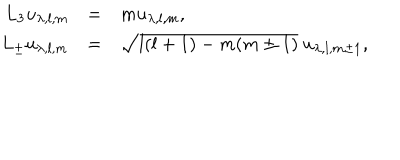
\begin{array} { r c l } { { L _ { 3 } u _ { \lambda , l , m } } } & { { = } } & { { m u _ { \lambda , l , m } , \nonumber } } \\ { { L _ { \pm } u _ { \lambda , l , m } } } & { { = } } & { { \sqrt { l ( l + 1 ) - m ( m \pm 1 ) } \ u _ { \lambda , l , m \pm 1 } , } } \\ \end{array}